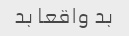
بد واقعا بد